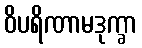
ဝိပရိဏာမဒုက္ခာ